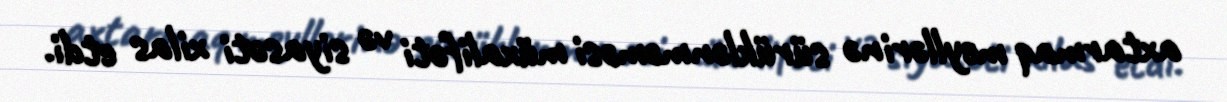
axtarmaq meyllərinə sürüklənməməsi müxalifəti və siyasəti xilas etdi.